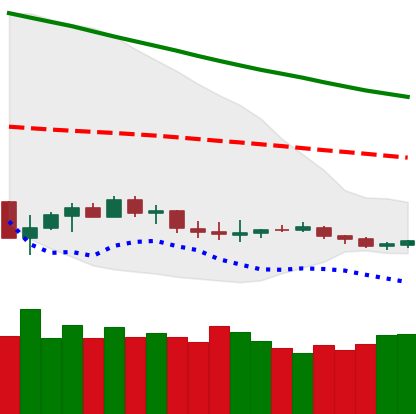
Ticker: LTC-USD
Chart end date: 2019-12-13
Forward return: -8.261%
Label: down_7plus